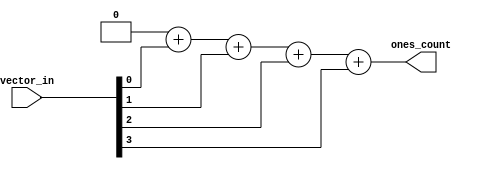
// +FHDR------------------------------------------------------------------------
//
// Copyright (c) 2017 ChipCraft Sp. z o.o. All rights reserved
//
// This program is free software: you can redistribute it and/or modify
// it under the terms of the GNU General Public License as published by
// the Free Software Foundation, version 2.
//
// This program is distributed in the hope that it will be useful, but
// WITHOUT ANY WARRANTY; without even the implied warranty of
// MERCHANTABILITY or FITNESS FOR A PARTICULAR PURPOSE. See the GNU
// General Public License for more details.
//
// You should have received a copy of the GNU General Public License
// along with this program. If not, see <http://www.gnu.org/licenses/>
//
// -----------------------------------------------------------------------------
// -----------------------------------------------------------------------------
// $Date: 2017-03-30 21:39:22 +0200 (Thu, 30 Mar 2017) $
// $Revision: 21 $
// -FHDR------------------------------------------------------------------------

// -----------------------------------------------------------------------------
//  Counter for the number of "1"s in the input vector.
// -----------------------------------------------------------------------------
//  INPUTS:
//  vector_in - data vector to be examined
//
//  OUTPUTS:
//  ones_count - number of bits set in the input vector
//
//  PARAMETERS:
//  input_width - bit width of the input vector
//  count_width - bit width of the output port
//
//  NOTE: Output port must be wide enough to hold maximum possible
//  count value.
// -----------------------------------------------------------------------------
module ones_counter(
    vector_in,
    ones_count
);

parameter [31:0] input_width = 32'd4;
parameter [31:0] count_width = 32'd3;

input wire [input_width-1:0] vector_in;
output reg [count_width-1:0] ones_count;

integer i;

always @* begin
    ones_count = {count_width{1'b0}};
    for(i=0; i<input_width; i=i+1) begin
        ones_count = ones_count + {{count_width-1{1'b0}},vector_in[i]};
    end
end
endmodule